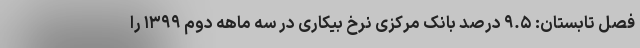
فصل تابستان: ۹.۵ درصد بانک مرکزی نرخ بیکاری در سه ماهه دوم ۱۳۹۹ را